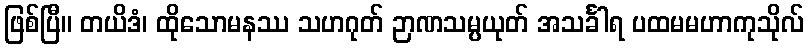
ဖြစ်ပြီ။ တယိဒံ၊ ထိုသောမနဿ သဟဂုတ် ဉာဏသမ္ပယုတ် အသင်္ခါရ ပထမမဟာကုသိုလ်